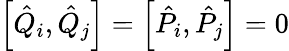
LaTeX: \left[\hat{Q}_{i},\hat{Q}_{j}\right]=\left[\hat{P}_{i},\hat{P}_{j}\right]=0